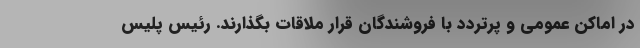
در اماکن عمومی و پرتردد با فروشندگان قرار ملاقات بگذارند. رئیس پلیس